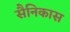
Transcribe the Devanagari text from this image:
सैनिकास